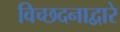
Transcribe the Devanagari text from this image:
विच्छदनाद्वारे